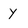
Character: Y